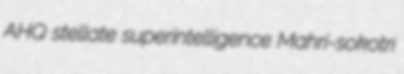
AHQ stellate superintelligence Mahri-sokotri